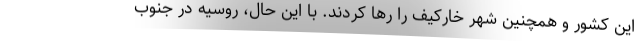
این کشور و همچنین شهر خارکیف را رها کردند. با این حال، روسیه در جنوب